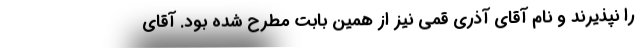
را نپذیرند و نام آقای آذری قمی نیز از همین بابت مطرح شده بود. آقای